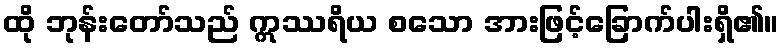
ထို ဘုန်းတော်သည် ဣဿရိယ စသော အားဖြင့်ခြောက်ပါးရှိ၏။